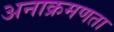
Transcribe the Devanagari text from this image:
अनाक्रमणता